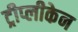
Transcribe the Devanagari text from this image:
ट्रीप्लीकेन